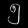
Digit: ၅